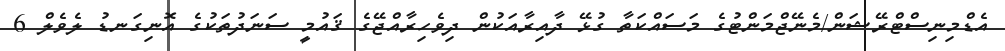
އެޑްމިނިސްޓްރޭޝަން/މެނޭޖްމަންޓުގެ މަސައްކަތާ ގުޅޭ ދާއިރާއަކުން ދިވެހިރާއްޖޭގެ ޤައުމީ ސަނަދުތަކުގެ އޮނިގަނޑު ލެވެލް 6